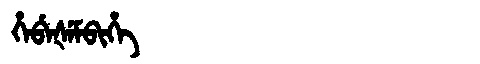
Manchu: ᡥᡝᠪᡝᡧᡝᠮᠪᡳᡥᡝ
Romanization: HEBEŠEMBIHE